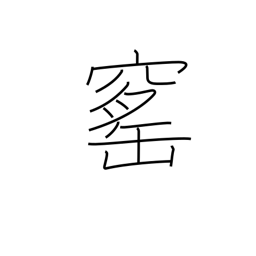
Meaning: brick kiln